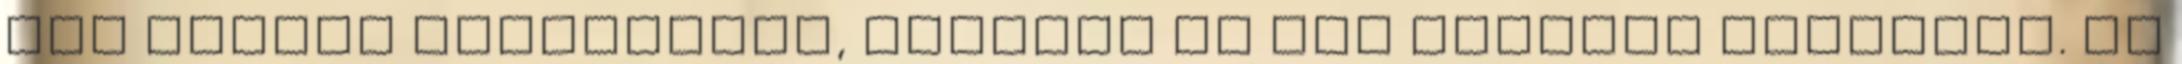
sok vendég megfordult, fizetős és nem fizetős egyaránt. Ez